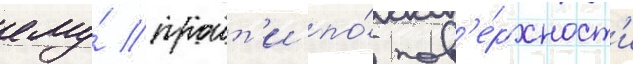
ему́ проит'и по́ пов'е́рхност'и